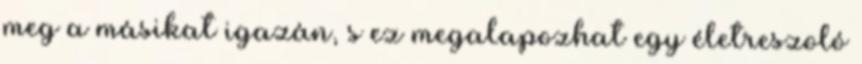
meg a másikat igazán, s ez megalapozhat egy életreszoló